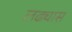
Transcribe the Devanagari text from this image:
लढ्यास